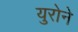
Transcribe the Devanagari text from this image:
युरोने